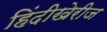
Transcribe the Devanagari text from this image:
हिंदीखेरीज